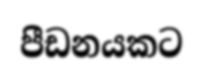
පීඩනයකට